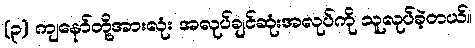
(၃) ကျနော်တို့အားလုံး အလုပ်ချင်ဆုံးအလုပ်ကို သူလုပ်ခဲ့တယ်။